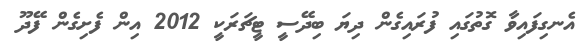
އެނގިފައިވާ ގޮތުގައި ފުރައިގެން ދިޔަ ބިދޭސީ ޓީޗަރަކީ 2012 އިން ފެށިގެން ފޭދޫ